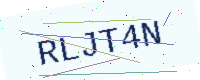
Text: RLJT4N